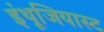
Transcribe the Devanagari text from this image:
इंथूजियास्ट